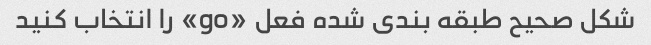
شکل صحیح طبقه بندی شده فعل «go» را انتخاب کنید